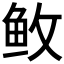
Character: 𱇕